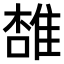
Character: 𨿟